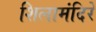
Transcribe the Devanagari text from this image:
शिलामंदिरे